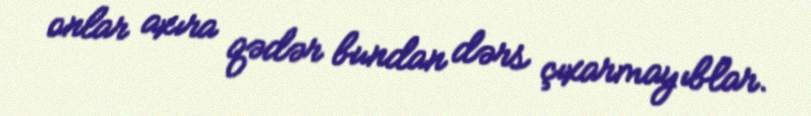
onlar axıra qədər bundan dərs çıxarmayıblar.